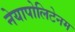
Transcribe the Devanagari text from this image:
नेयापोलिटेनम